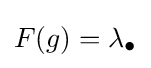
F(g)=\lambda _{\bullet }